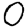
Digit: 0